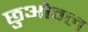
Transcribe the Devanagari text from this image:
छुओवल